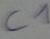
Text: C1